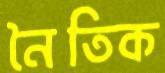
নৈতিক